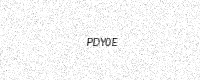
Text: PDY0E